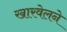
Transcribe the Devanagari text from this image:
खारवेलने